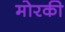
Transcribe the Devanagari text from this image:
मोरकी